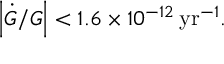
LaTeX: \left\vert \dot { G } / G \right\vert < 1 . 6 \times 1 0 ^ { - 1 2 } \, \mathrm { y r } ^ { - 1 } .